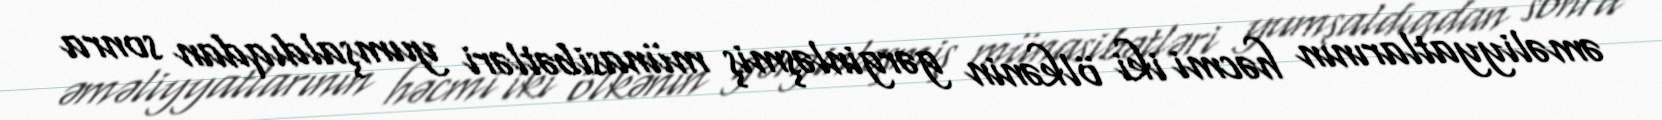
əməliyyatlarının həcmi iki ölkənin gərginləşmiş münasibətləri yumşaldıqdan sonra